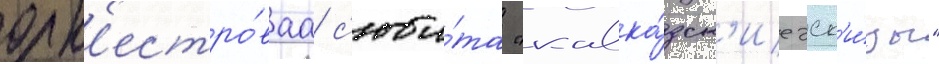
орк'естро́ваа с'юи́та "кавка́зск'ие эск'и́зы"